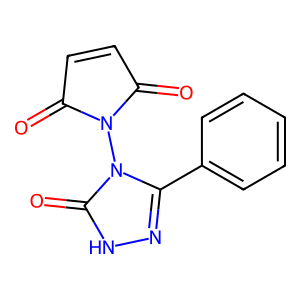
SMILES: O=C1C=CC(=O)N1n1c(-c2ccccc2)n[nH]c1=O
Inhibits HIV replication: Yes